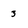
Character: 3